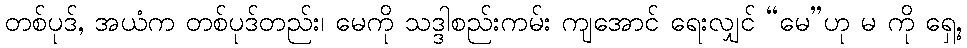
တစ်ပုဒ်, အယံက တစ်ပုဒ်တည်း၊ မေကို သဒ္ဒါစည်းကမ်း ကျအောင် ရေးလျှင် “မေ”ဟု မ ကို ရှေ့,